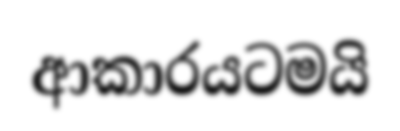
ආකාරයටමයි